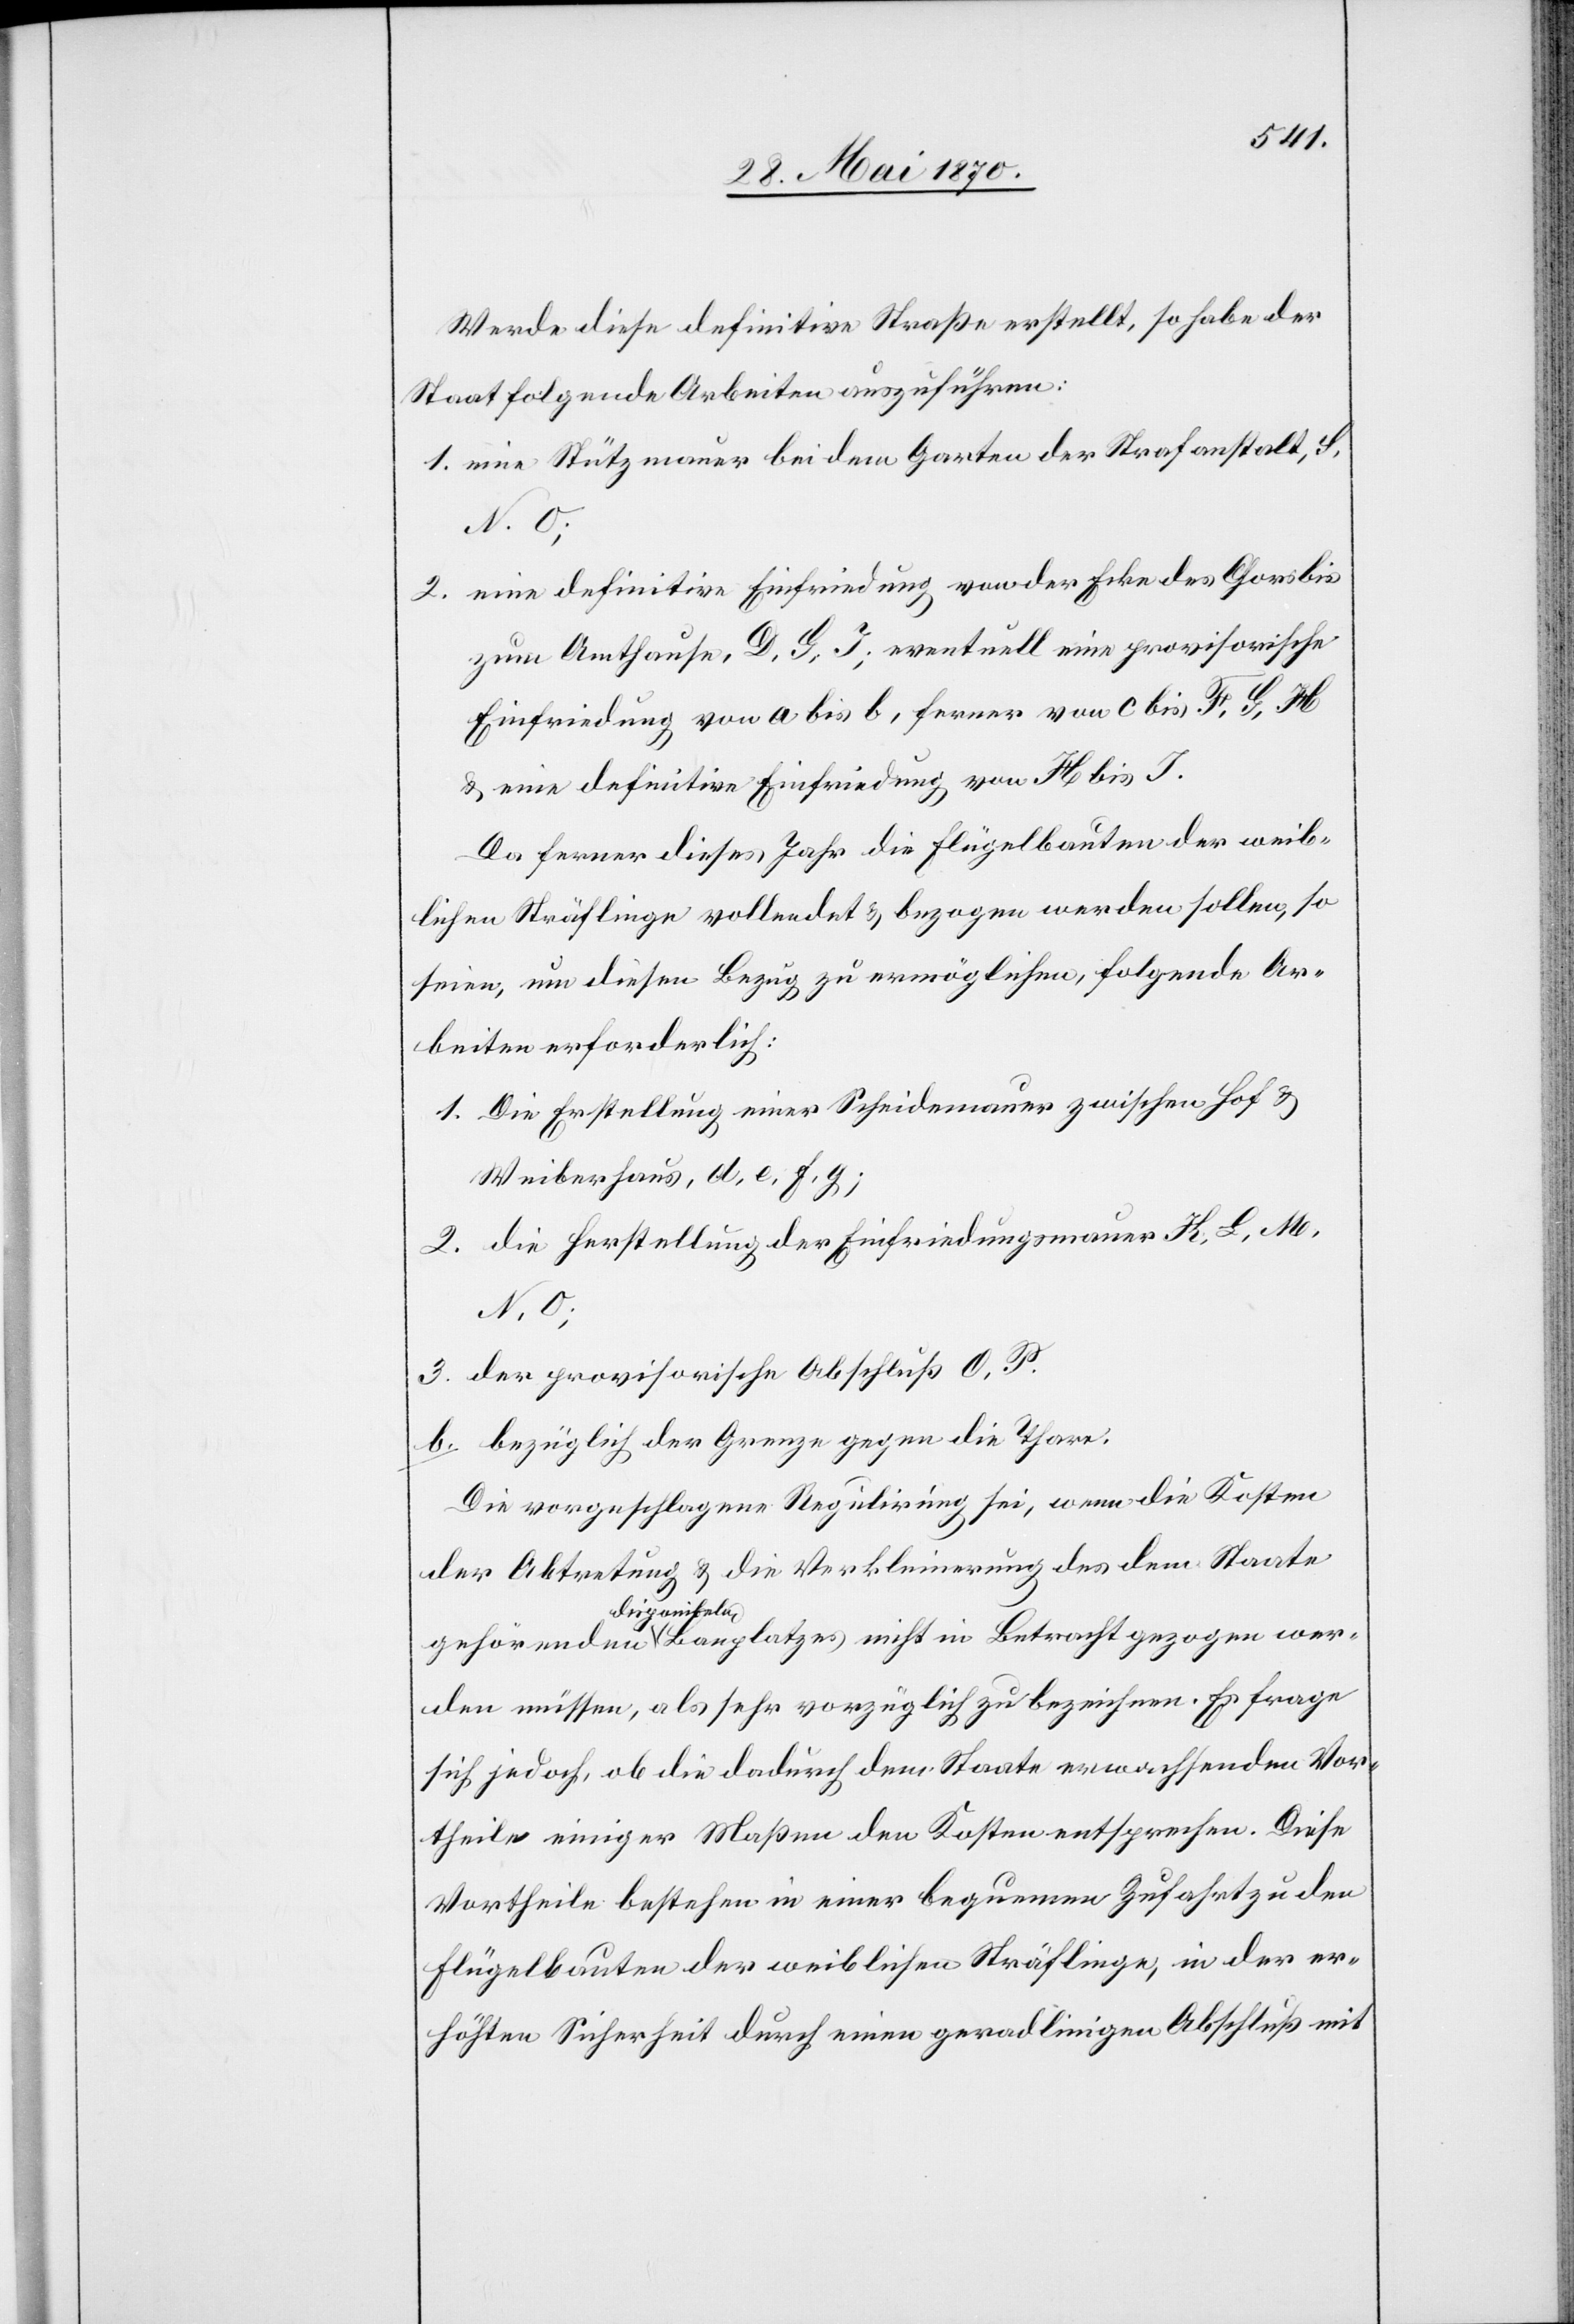
Werde diese definitive Straße erstellt, so habe der
Staat folgende Arbeiten auszuführen:
1. eine Stützmauer bei dem Garten der Strafanstalt, G,
N. O;
2. eine definitive Einfriedung von der Ecke des Chors bis
zum Amthause, D, G, J; eventuell eine provisorische
Einfriedung von a bis b, ferner von c bis F, G, H
& eine definitive Einfriedung von H bis J.
Da ferner dieses Jahr die Flügelbauten der weib¬
lichen Sträflinge vollendet & bezogen werden sollen, so
seien, um diesen Bezug zu ermöglichen, folgende Ar¬
beiten erforderlich:
1. Die Erstellung einer Scheidemauer zwischen Hof &
Weiberhause, A, e, f, g;
2. die Herstellung der Einfriedungsmauer K, L, M,
N, O;
3. der provisorische Abschluß O, P.
b. bezüglich der Grenze gegen die Thore:
Die vorgeschlagene Regulirung sei, wenn die Kosten
der Abtretung & die Verkleinerung des dem Staate
a-disponibeln-a
werden müssen, als sehr vorzüglich zu bezeichnen. Es frage
sich jedoch, ob die dadurch dem Staate erwachsenden Vor¬
theile einiger Maßen den Kosten entsprechen. Diese
Vortheile bestehen in einer bequemen Zufahrt zu den
Flügelbauten der weiblichen Sträflinge, in der er¬
höhten Sicherheit durch einen geradlinigen Abschluß mit